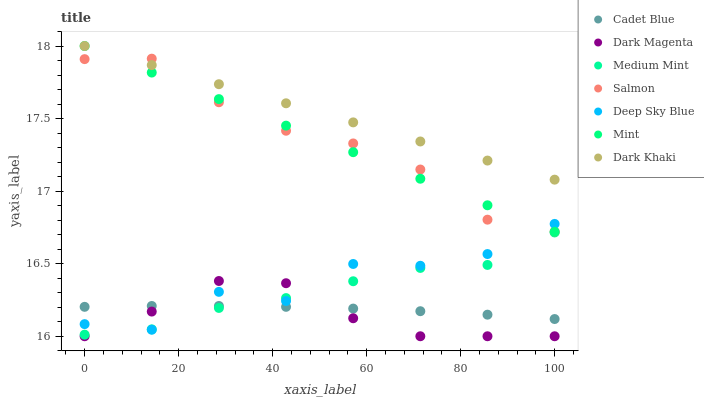
| xaxis_label | Cadet Blue | Dark Magenta | Medium Mint | Salmon | Deep Sky Blue | Mint | Dark Khaki |
 | --- | --- | --- | --- | --- | --- | --- | --- |
 | 0 | 16.2 | 16 | 16 | 17.9 | 16.1 | 18 | 18 |
 | 14.3 | 16.2 | 16.2 | 16 | 17.9 | 16 | 17.8 | 17.9 |
 | 28.6 | 16.2 | 16.4 | 16.2 | 17.6 | 16.3 | 17.6 | 17.7 |
 | 42.9 | 16.2 | 16.4 | 16.3 | 17.4 | 16.2 | 17.5 | 17.6 |
 | 57.1 | 16.2 | 16.1 | 16.4 | 17.3 | 16.5 | 17.3 | 17.5 |
 | 71.4 | 16.2 | 16 | 16.5 | 17.1 | 16.5 | 17.1 | 17.3 |
 | 85.7 | 16.1 | 16 | 16.5 | 16.8 | 16.6 | 16.9 | 17.2 |
 | 100 | 16.1 | 16 | 16.7 | 16.7 | 16.8 | 16.7 | 17.1 |